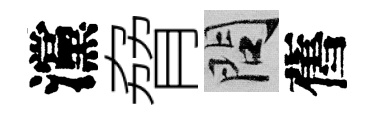
灙脅問舊